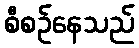
စီစဉ်နေသည်